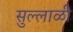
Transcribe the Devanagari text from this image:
सुल्लाळी